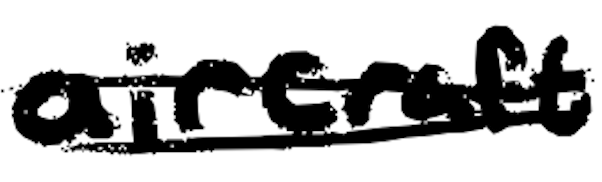
Text: aircraft
Cross-out: mix
Writing tool: digital_black